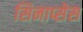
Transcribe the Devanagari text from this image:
सिनाप्सेस